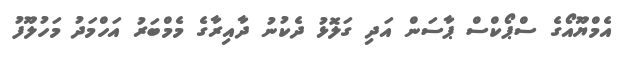
އެމްޔޫއޯގެ ސްޕޯކްސް ޕާސަން އަދި ގަލޮޅު ދެކުނު ދާއިރާގެ މެމްބަރު އަހްމަދު މަހުލޫފު